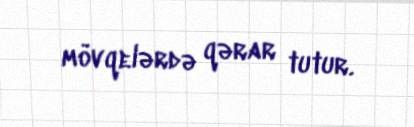
mövqelərdə qərar tutur.